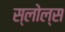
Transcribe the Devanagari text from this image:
स्लोल्स